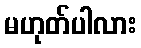
မဟုတ်ပါလား